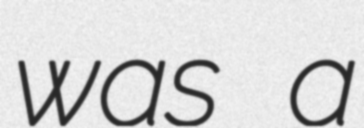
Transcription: was a